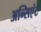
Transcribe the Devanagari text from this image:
अन्सिएंट